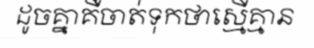
ដូចគ្នាគឺចាត់ទុកថាស្មើគ្មាន